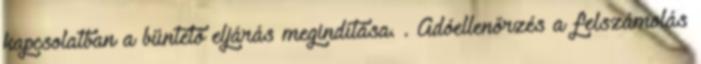
kapcsolatban a büntető eljárás megindítása. . Adóellenőrzés a felszámolás